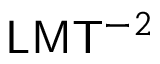
{ \mathsf { L } } { \mathsf { M } } { \mathsf { T } } ^ { - 2 }